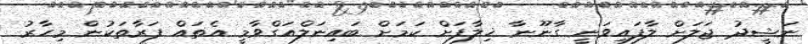
ނަޝީދު ޖަލަށް ލާފައިވަނީ ގާނޫނާ ޚިލާފަށް ކަމަށް ބައިނަލްއަގްވާމީ އެތައް ފަރާތަކުން މިހާރު